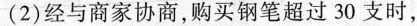
(2)经与商家协商，购买钢笔超过30支时，